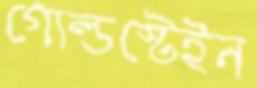
গোল্ডস্টেইন